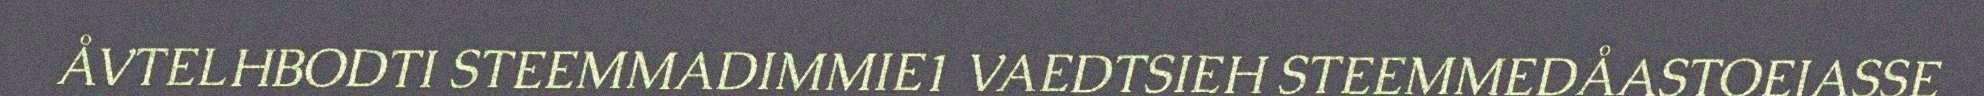
ÅVTELHBODTI STEEMMADIMMIE1 VAEDTSIEH STEEMMEDÅASTOEJASSE